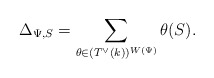
\begin{align*} \Delta_{\Psi,S}= \sum_{\theta \in (T^\vee(k))^{W(\Psi)}} \theta(S). \end{align*}